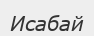
Исабай